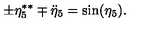
\pm \eta _ { 5 } ^ { \ast \ast } \mp \ddot { \eta } _ { 5 } = \sin ( \eta _ { 5 } ) .